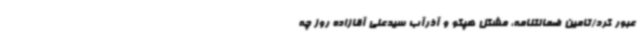
عبور کرد/تامین ضمانتنامه، مشکل هپکو و آذرآب سیدعلی آقازاده روز چه